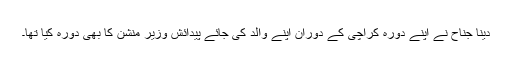
دینا جناح نے اپنے دورہ کراچی کے دوران اپنے والد کی جائے پیدائش وزیر منشن کا بھی دورہ کیا تھا۔